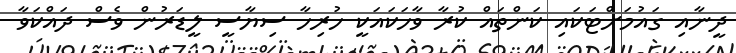
ދީނާއި ގައުމަށްޓަކައި ކަންތައް ކުރާ ވާހަކައަކީ ހުރިހާ ސިޔާސީ ލީޑަރުން ވެސް ދައްކަވާ